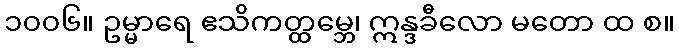
၁၀၀၆။ ဥမ္မာရေ ဧသိကတ္ထမ္ဘေ၊ ဣန္ဒခီလော မတော ထ စ။